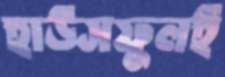
হাউসফুলই